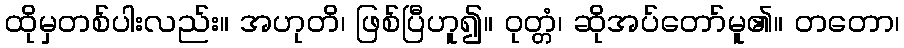
ထိုမှတစ်ပါးလည်း။ အဟုတိ၊ ဖြစ်ပြီဟူ၍။ ဝုတ္တံ၊ ဆိုအပ်တော်မူ၏။ တတော၊